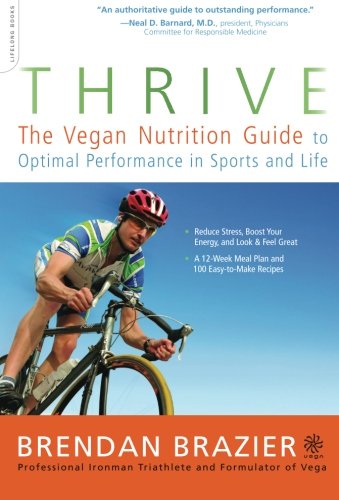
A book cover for Thrive: The Vegan Nutrition Guide to Optimal Performance in Sports and Life; Brendan Brazier; Health, Fitness & Dieting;